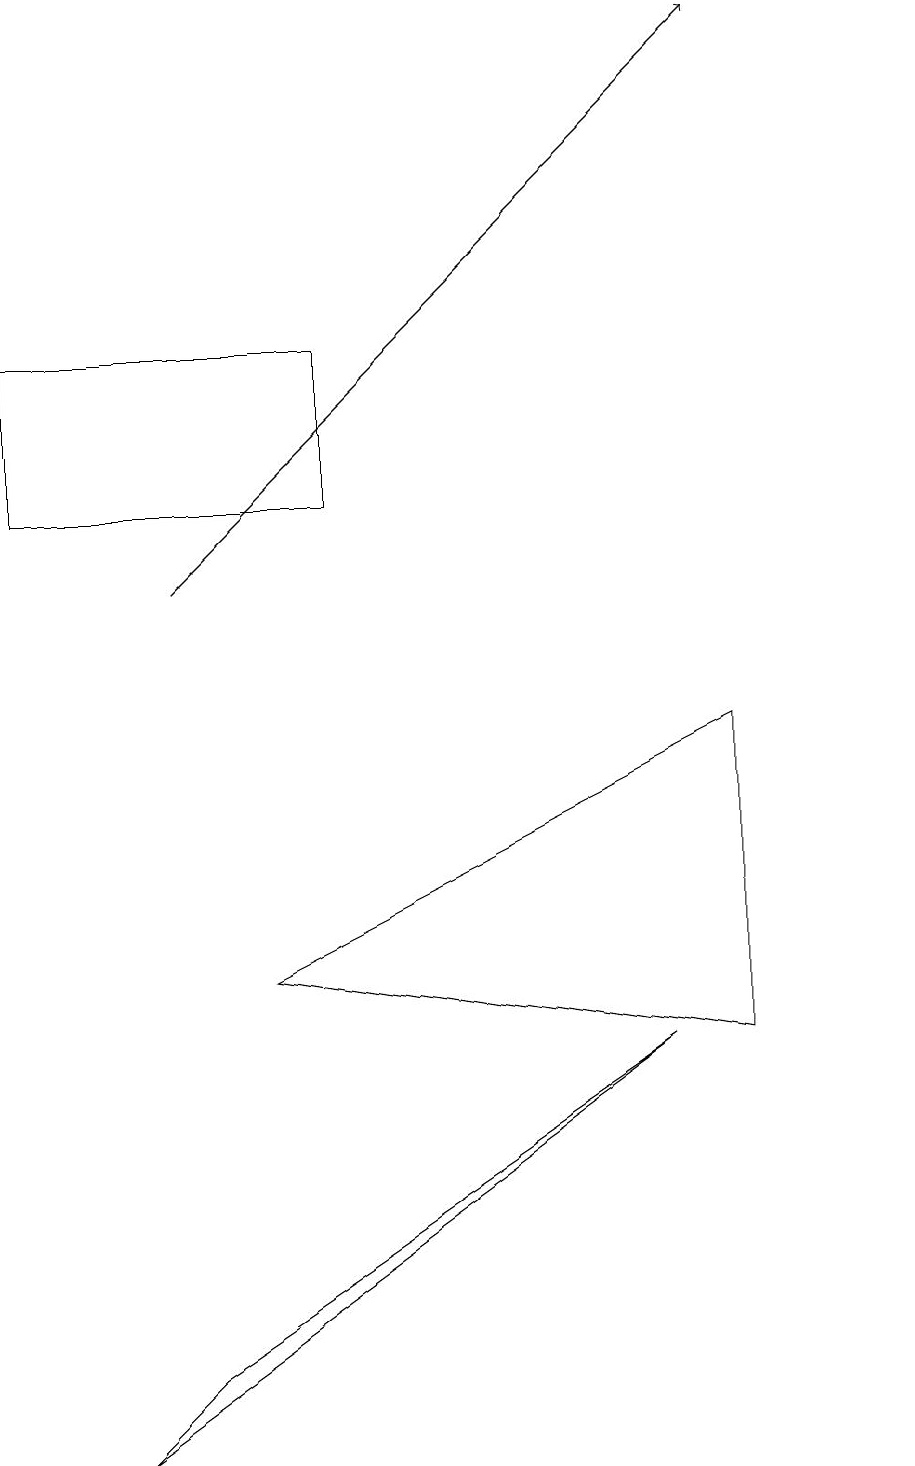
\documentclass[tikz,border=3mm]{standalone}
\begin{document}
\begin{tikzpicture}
\draw (11,12) circle (0);
\draw (0,12) rectangle (4,14);
\draw (3,6) -- (9,9) -- (9,5) -- cycle;
\draw[->] (2,11) -- (9,18);
\draw (2,1) -- (1,0) -- (8,5) -- cycle;
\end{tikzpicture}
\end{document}